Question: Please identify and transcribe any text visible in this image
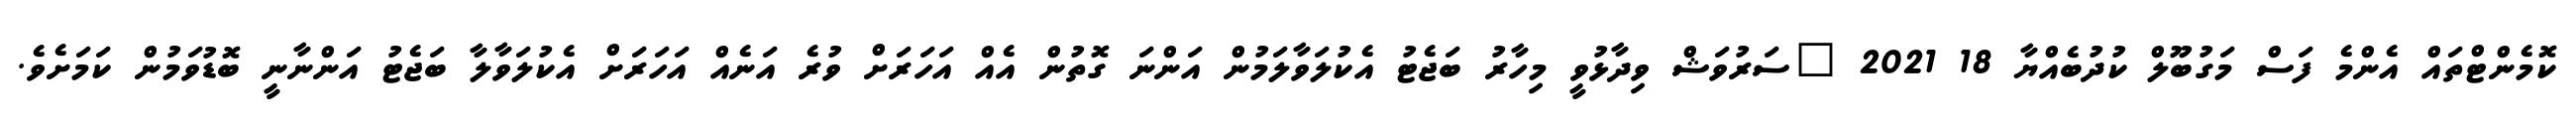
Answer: ކޮމެންޓްތައް އެންމެ ފަސް މަގުބޫލް ކުދުބެއްޔާ 18 2021 "ސަރުވަޝް ވިދާޅުވީ މިހާރު ބަޖެޓު އެކުލަވާލަމުން އަންނަ ގޮތުން އެއް އަހަރަށް ވުރެ އަނެއް އަހަރަށް އެކުލަވާލާ ބަޖެޓު އަންނާނީ ބޮޑުވަމުން ކަމަށެވެ.